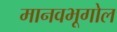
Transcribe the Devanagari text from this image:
मानवभूगोल